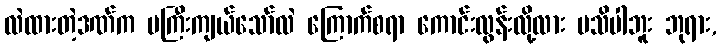
လဲထားတဲ့ဒဏ်က မကြီးကျယ်သော်လဲ ကြောက်စရာ ကောင်းလွန်းလို့လား မသိပါဘူး ဘုရား,